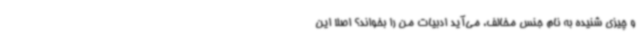
و چیزی شنیده به نام جنس مخالف، می‌آید ادبیات من را بخواند؟ اصلا این